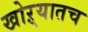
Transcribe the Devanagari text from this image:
खोऱ्यातच